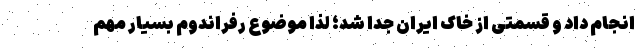
انجام داد و قسمتی از خاک ایران جدا شد؛ لذا موضوع رفراندوم بسیار مهم